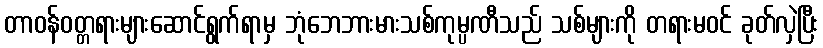
တာဝန်ဝတ္တရားများဆောင်ရွက်ရာမှ ဘုံဘေဘားမားသစ်ကုမ္ပဏီသည် သစ်များကို တရားမဝင် ခုတ်လှဲပြီး